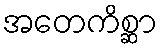
အတေကိစ္ဆာ